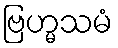
ဗြဟ္မသမံ